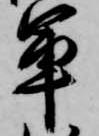
軍